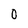
Character: 0